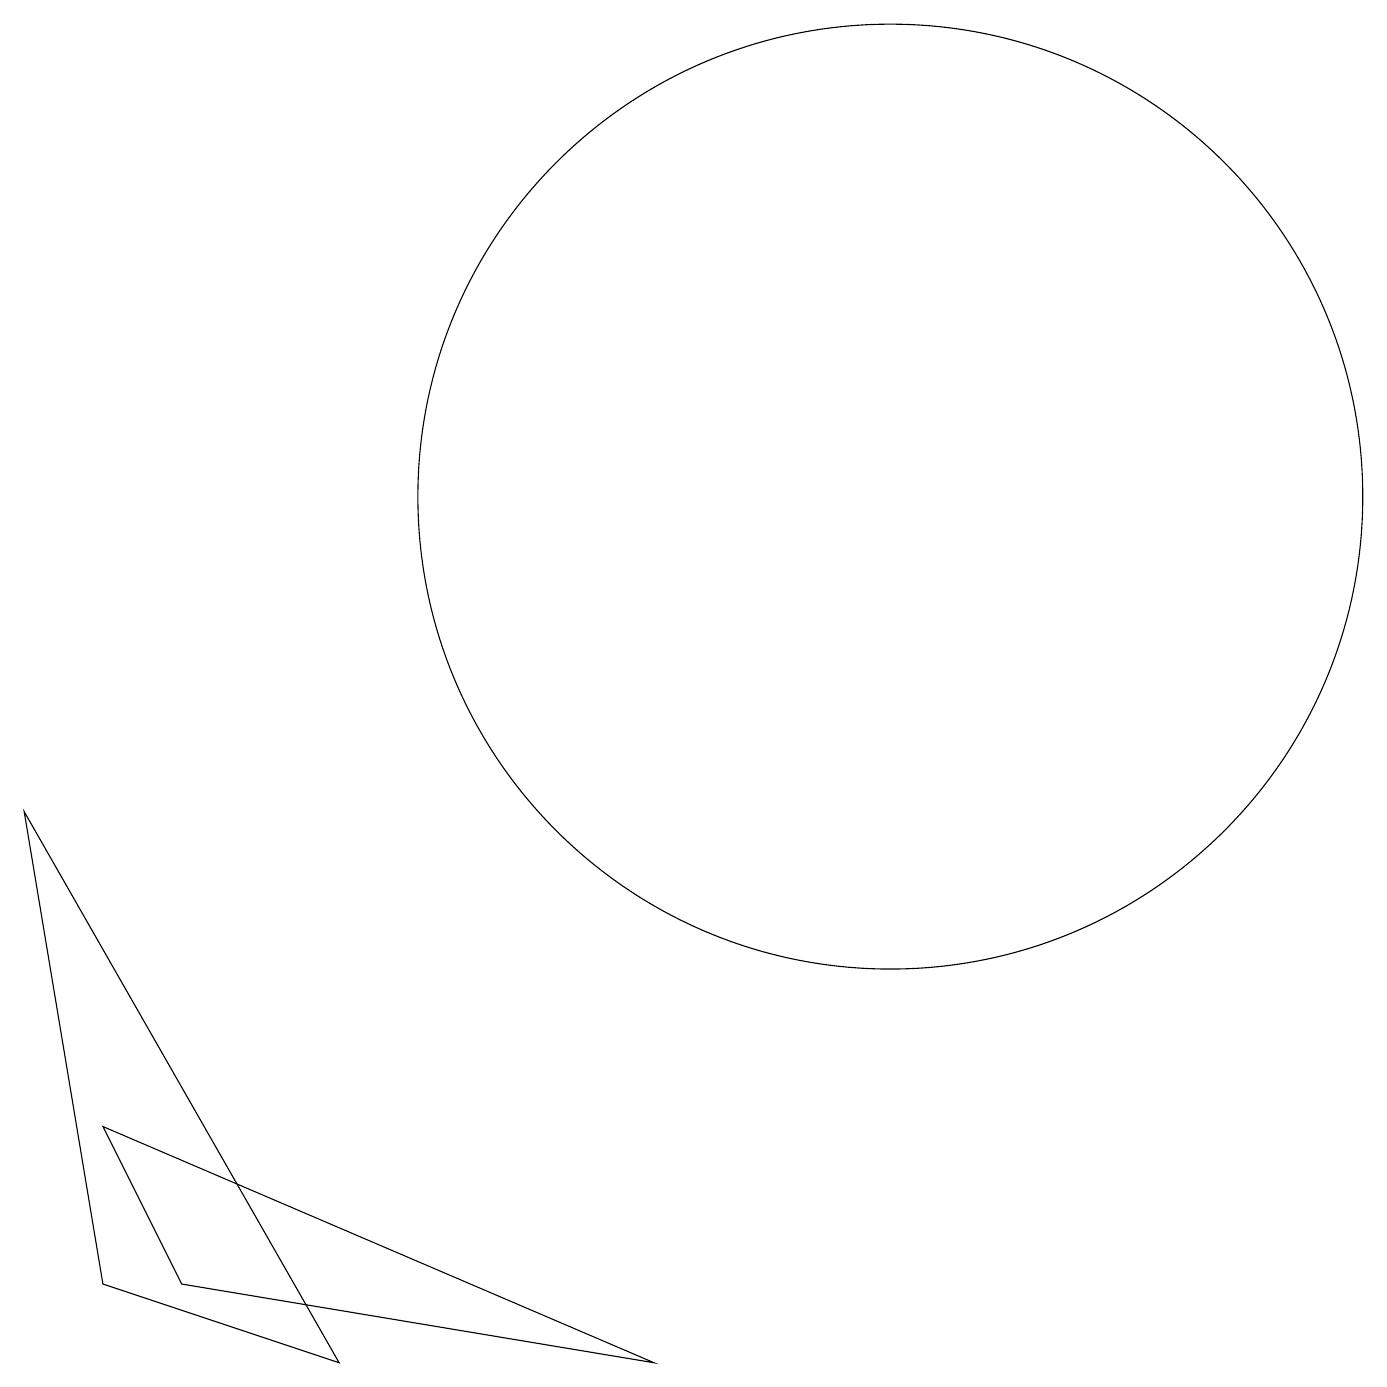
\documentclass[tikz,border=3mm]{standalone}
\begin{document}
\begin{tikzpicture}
\draw (3,1) -- (9,0) -- (2,3) -- cycle;
\draw (12,11) circle (6);
\draw (2,1) -- (5,0) -- (1,7) -- cycle;
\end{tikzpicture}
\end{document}